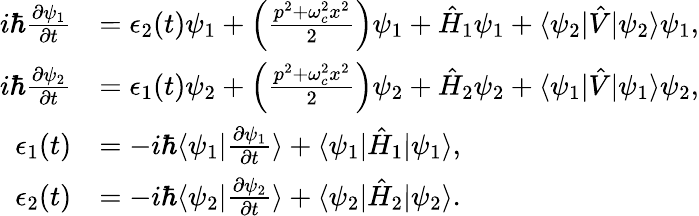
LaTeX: \begin{array}{rl}{i\hbar\frac{\partial\psi_{1}}{\partial t}}&{=\epsilon_{2}(t)\psi_{1}+\left(\frac{p^{2}+\omega_{c}^{2}x^{2}}{2}\right)\psi_{1}+\hat{H}_{1}\psi_{1}+\langle\psi_{2}|\hat{V}|\psi_{2}\rangle\psi_{1},}\\ {i\hbar\frac{\partial\psi_{2}}{\partial t}}&{=\epsilon_{1}(t)\psi_{2}+\left(\frac{p^{2}+\omega_{c}^{2}x^{2}}{2}\right)\psi_{2}+\hat{H}_{2}\psi_{2}+\langle\psi_{1}|\hat{V}|\psi_{1}\rangle\psi_{2},}\\ {\epsilon_{1}(t)}&{=-i\hbar\langle\psi_{1}|\frac{\partial\psi_{1}}{\partial t}\rangle+\langle\psi_{1}|\hat{H}_{1}|\psi_{1}\rangle,}\\ {\epsilon_{2}(t)}&{=-i\hbar\langle\psi_{2}|\frac{\partial\psi_{2}}{\partial t}\rangle+\langle\psi_{2}|\hat{H}_{2}|\psi_{2}\rangle.}\end{array}